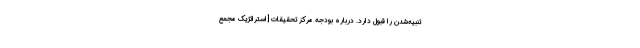
تنبیه‌شدن را قبول دارد. درباره بودجه مركز تحقیقات [استراتژیک مجمع